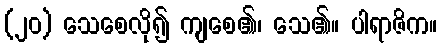
(၂၀) သေစေလို၍ ကျစေ၏၊ သေ၏။ ပါရာဇိက။